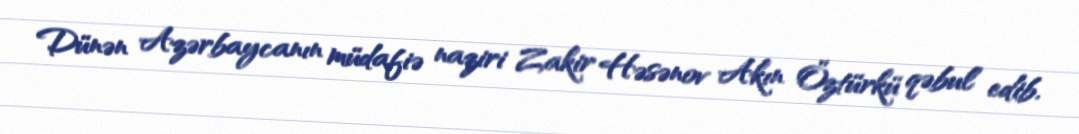
Dünən Azərbaycanın müdafiə naziri Zakir Həsənov Akın Öztürkü qəbul edib.